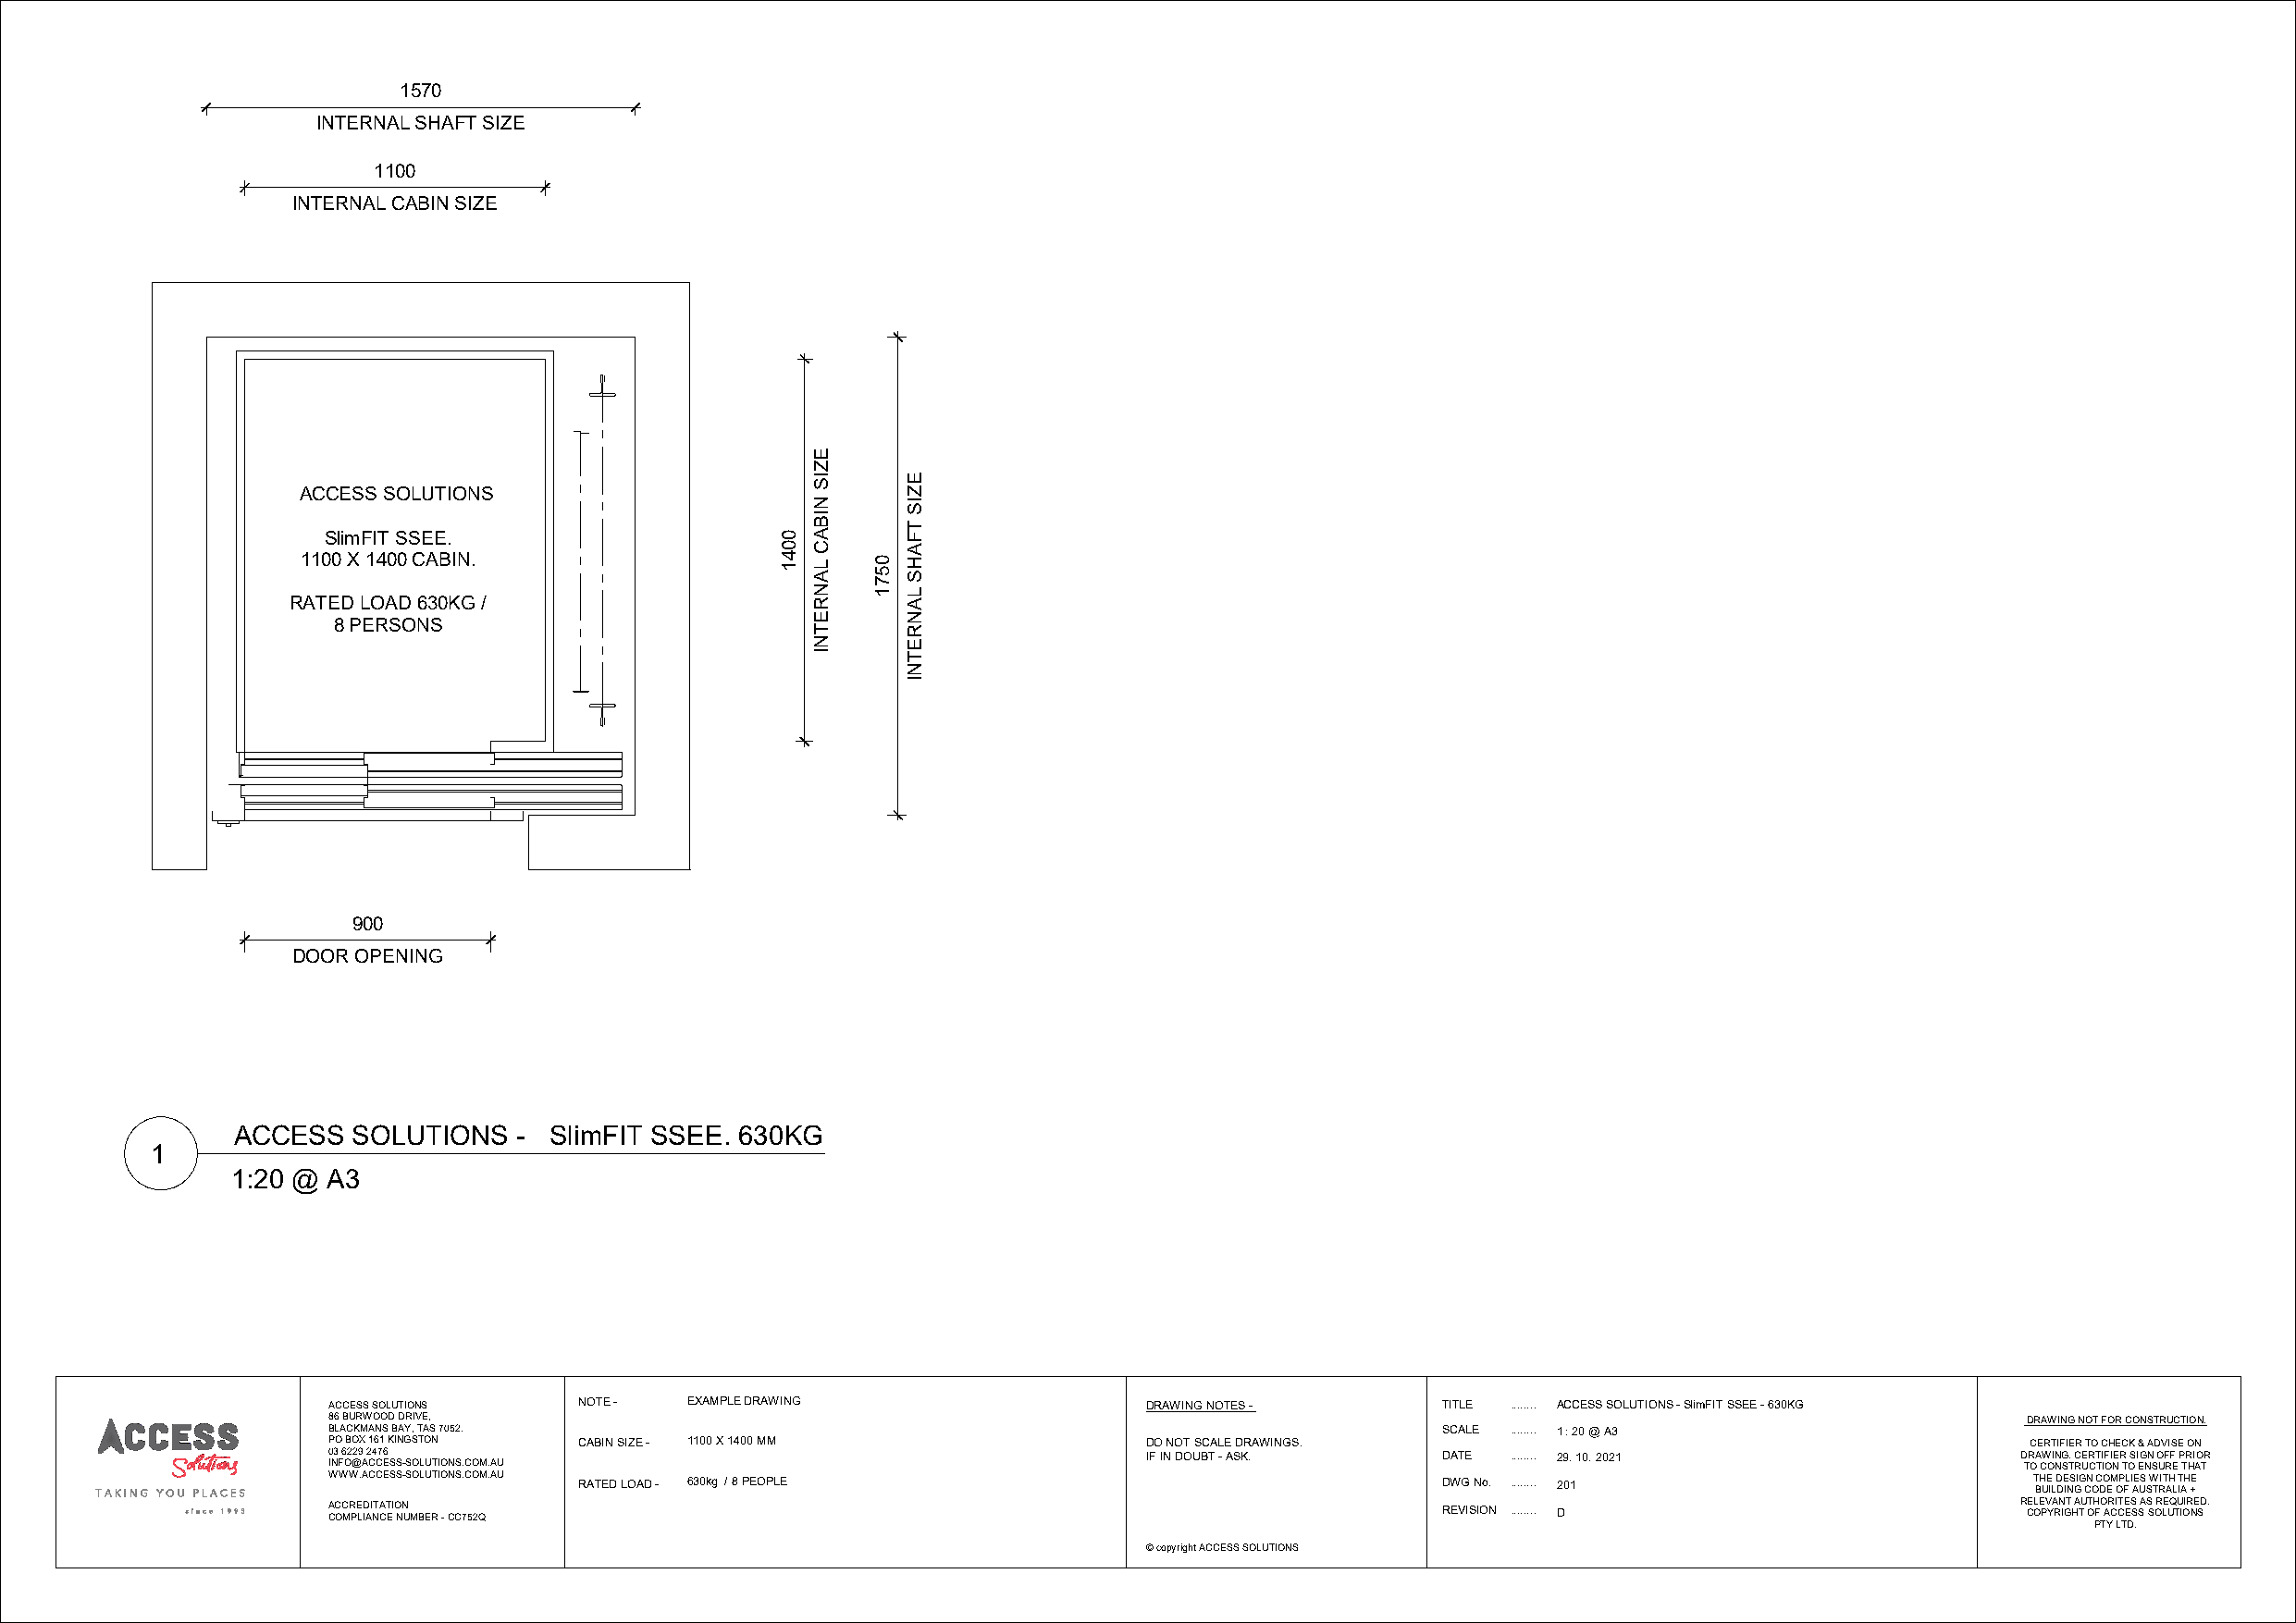
1570
 INTERNAL SHAFT SIZE
 1100
 INTERNAL CABIN SIZE
 ACCESS SOLUTIONS
 SlimFIT SSEE.
 1100 X 1400 CABIN.
 RATED LOAD 630KG /
 8 PERSONS
 900
 DOOR OPENING
 ACCESS  SOLUTIONS   - SlimFIT SSEE. 630KG
 1
 1:20 @ A3
 ACCESS SOLUTIONS  NOTE -  EXAMPLE DRAWING                  DRAWING NOTES -      TITLE ........ ACCESS SOLUTIONS -SlimFIT SSEE -630KG
 86 BURWOOD DRIVE,                                                                                                         DRAWING NOT FOR CONSTRUCTION.
 BLACKMANS BAY, TAS 7052.                                                        SCALE ........ 1 : 20 @ A3
 PO BOX 161 KINGSTON CABIN SIZE - 1100 X 1400 MM            DO NOT SCALE DRAWINGS.                                         CERTIFIER TO CHECK & ADVISE ON
 03 6229 2476                                               IF IN DOUBT -ASK.    DATE ........ 29. 10. 2021                DRAWING. CERTIFIER SIGN OFF PRIOR
 INFO@ACCESS-SOLUTIONS.COM.AU                                                                                              TO CONSTRUCTION TO ENSURE THAT
 WWW.ACCESS-SOLUTIONS.COM.AU RATED LOAD - 630kg / 8 PEOPLE                       DWG No. ........ 201                      T BH UE IL D DE INS GIG CN O C DO EM OP FL I AE US S W TRIT AH L IT AH +E
 A CC OC MR PE LID AI NTA CT EI O NN U MBER -CC752Q                              REVISION ........ D                       R CEL OE PV YA RN IGT HA TU T OH FO AR CIT CE ES S SA S S OR LE UQ TU IOIR NE SD .
 PTY LTD.
 © copyright ACCESS SOLUTIONS
 0041
 EZIS
 NIBAC
 LANRETNI 0571
 EZIS
 TFAHS
 LANRETNI